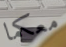
معكما